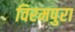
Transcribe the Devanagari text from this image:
विरमपुरा